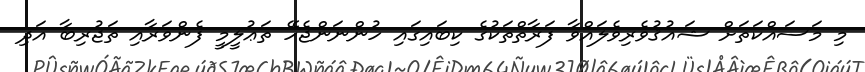
މި މަސައްކަތަށް ޝައުޤުވެރިވެލައްވާ ފަރާތްތަކުގެ ކިބައިގައި ހުންނަންޖެހޭ ތަޢުލީމީ ފެންވަރާއި ތަޖުރިބާ އަދި